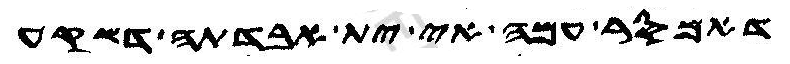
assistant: דאמסר עמה אי ית אבדתה דשקע